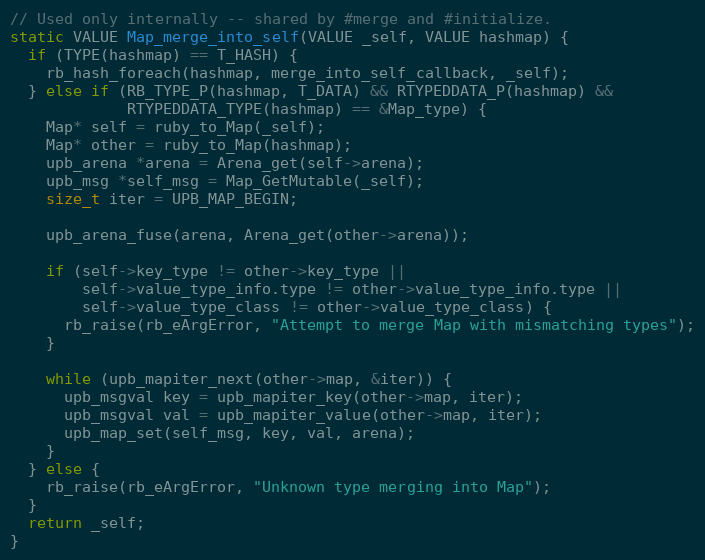
Language: C
// Used only internally -- shared by #merge and #initialize.
static VALUE Map_merge_into_self(VALUE _self, VALUE hashmap) {
  if (TYPE(hashmap) == T_HASH) {
    rb_hash_foreach(hashmap, merge_into_self_callback, _self);
  } else if (RB_TYPE_P(hashmap, T_DATA) && RTYPEDDATA_P(hashmap) &&
             RTYPEDDATA_TYPE(hashmap) == &Map_type) {
    Map* self = ruby_to_Map(_self);
    Map* other = ruby_to_Map(hashmap);
    upb_arena *arena = Arena_get(self->arena);
    upb_msg *self_msg = Map_GetMutable(_self);
    size_t iter = UPB_MAP_BEGIN;

    upb_arena_fuse(arena, Arena_get(other->arena));

    if (self->key_type != other->key_type ||
        self->value_type_info.type != other->value_type_info.type ||
        self->value_type_class != other->value_type_class) {
      rb_raise(rb_eArgError, "Attempt to merge Map with mismatching types");
    }

    while (upb_mapiter_next(other->map, &iter)) {
      upb_msgval key = upb_mapiter_key(other->map, iter);
      upb_msgval val = upb_mapiter_value(other->map, iter);
      upb_map_set(self_msg, key, val, arena);
    }
  } else {
    rb_raise(rb_eArgError, "Unknown type merging into Map");
  }
  return _self;
}